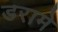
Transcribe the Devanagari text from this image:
डरामे